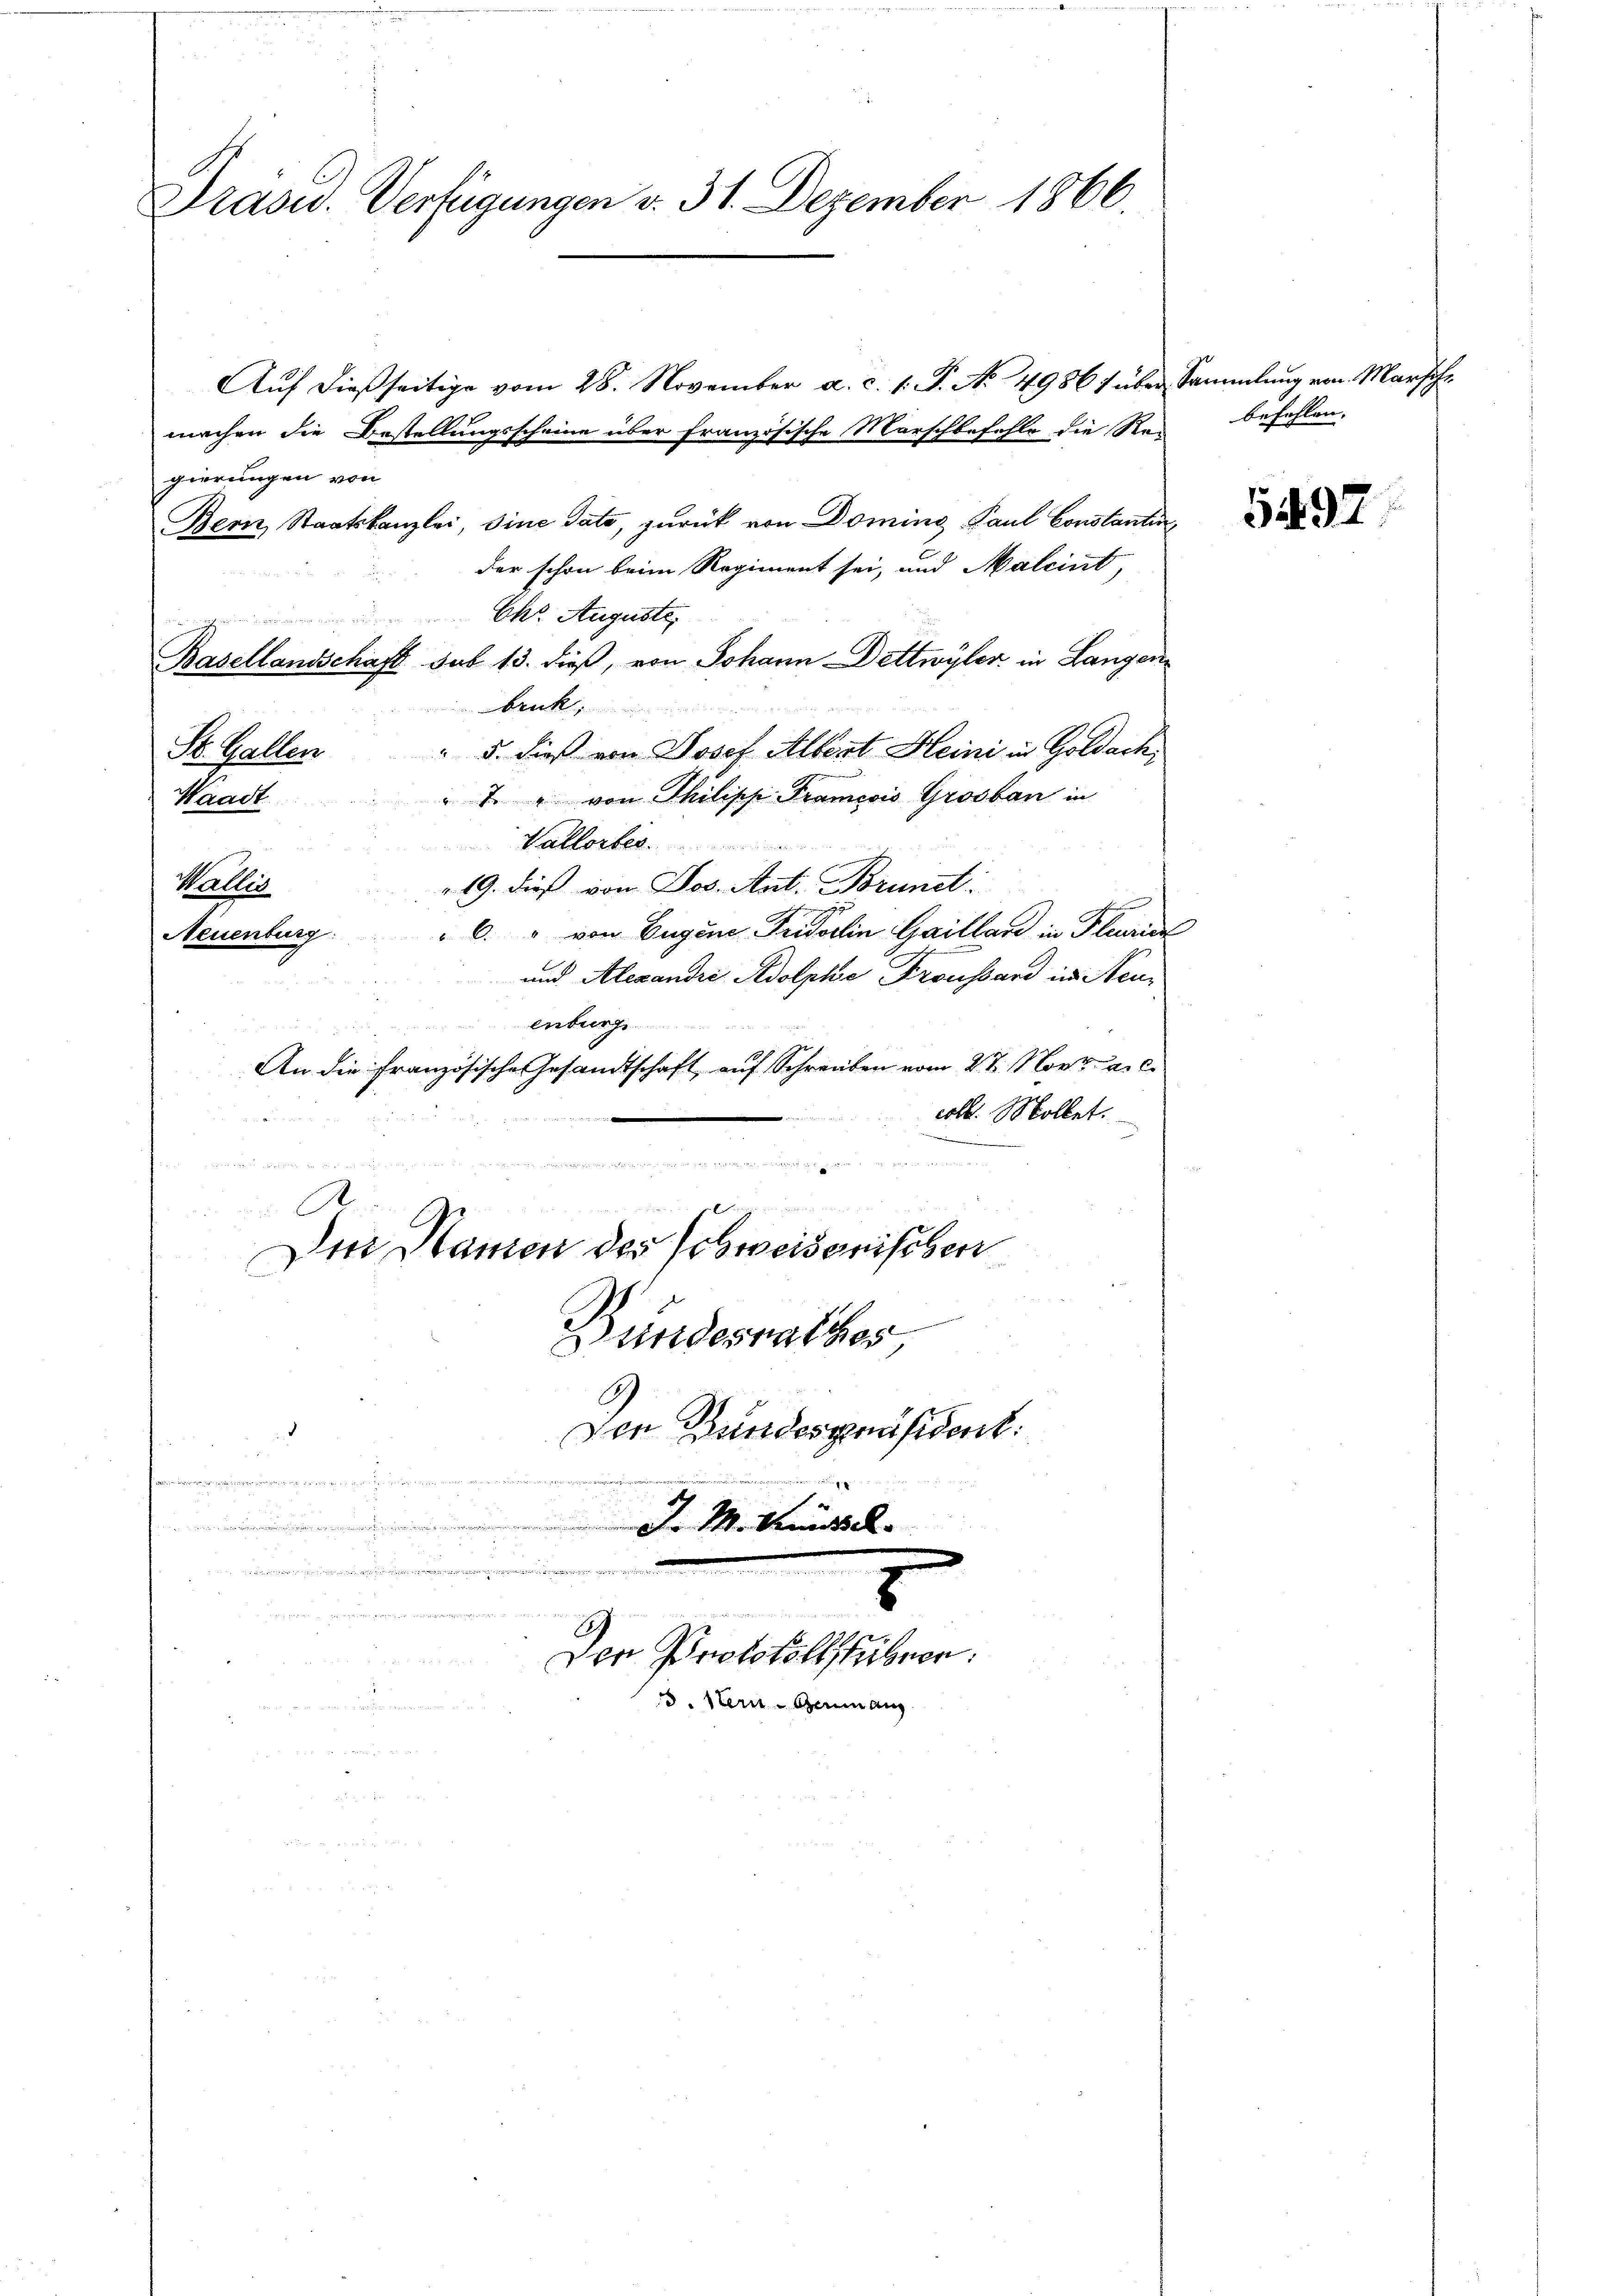
Grand. Verfügungen v. 31. Dezember 1866.

Aŭf dießseitige vom 28. November a. c. 1. P. No 4986 über Sammlung von Marsche
machen die Bestellungsscheine über französische Marschbefehle die Reibefehlen.
gierungen von
Bern, Staatskanzlei, sine dato, zurück von Doming Paul Constanten
der schon beim Regiment sei, und Malcint,
Chr. Auguste
und
Basellandschaft sub 13. dieß, von Johann Dettwyler in Langen
reck
" 5. dieß von Josef Albert Heini in Goldach,
St. Gallen
" " von Philische Francois Grosbau in
Waadt
Vallorber
19. dieß von Jos. Ant. Brunst.
6. " von Eugene Fridolin Gailland in Fleurien
und Alexandre Adolphie Droussard in Neuenburg
An die französische Gesandtschaft auf Schreiben vom 27. Nov. a. c.
coll. Mollet.
a

  die
gelich einge zur schonung wurde in der er
A
Den Namen des Schweizerischen
Bundesrathes
C
Den Bundespräsident:
 anne der gegen

 J. M. Kunkel
e

Wallis
Neuenburg:

ung

Den Protokollstäbeer
15. Stern Germang

5497.